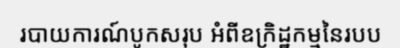
របាយការណ៍បូកសរុប អំពីឧក្រិដ្ឋកម្មនៃរបប